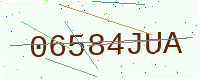
Text: 06584JUA